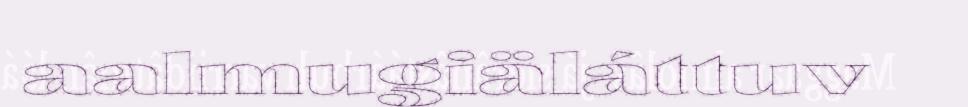
aalmugiäláttuv